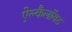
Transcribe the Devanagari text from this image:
ऐल्कैलॉयड